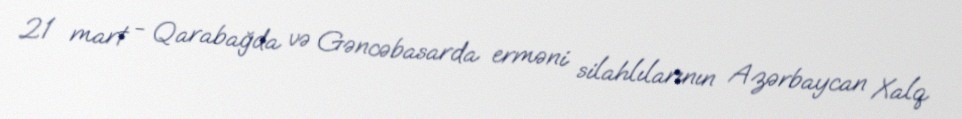
21 mart - Qarabağda və Gəncəbasarda erməni silahlılarının Azərbaycan Xalq